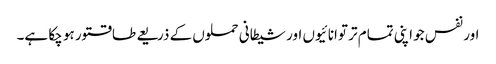
اور نفس جو اپنی تمام تر توانائیوں اور شیطانی حملوں کے ذریعے طاقتور ہو چکا ہے۔